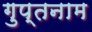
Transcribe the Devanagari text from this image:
गुप्तनाम